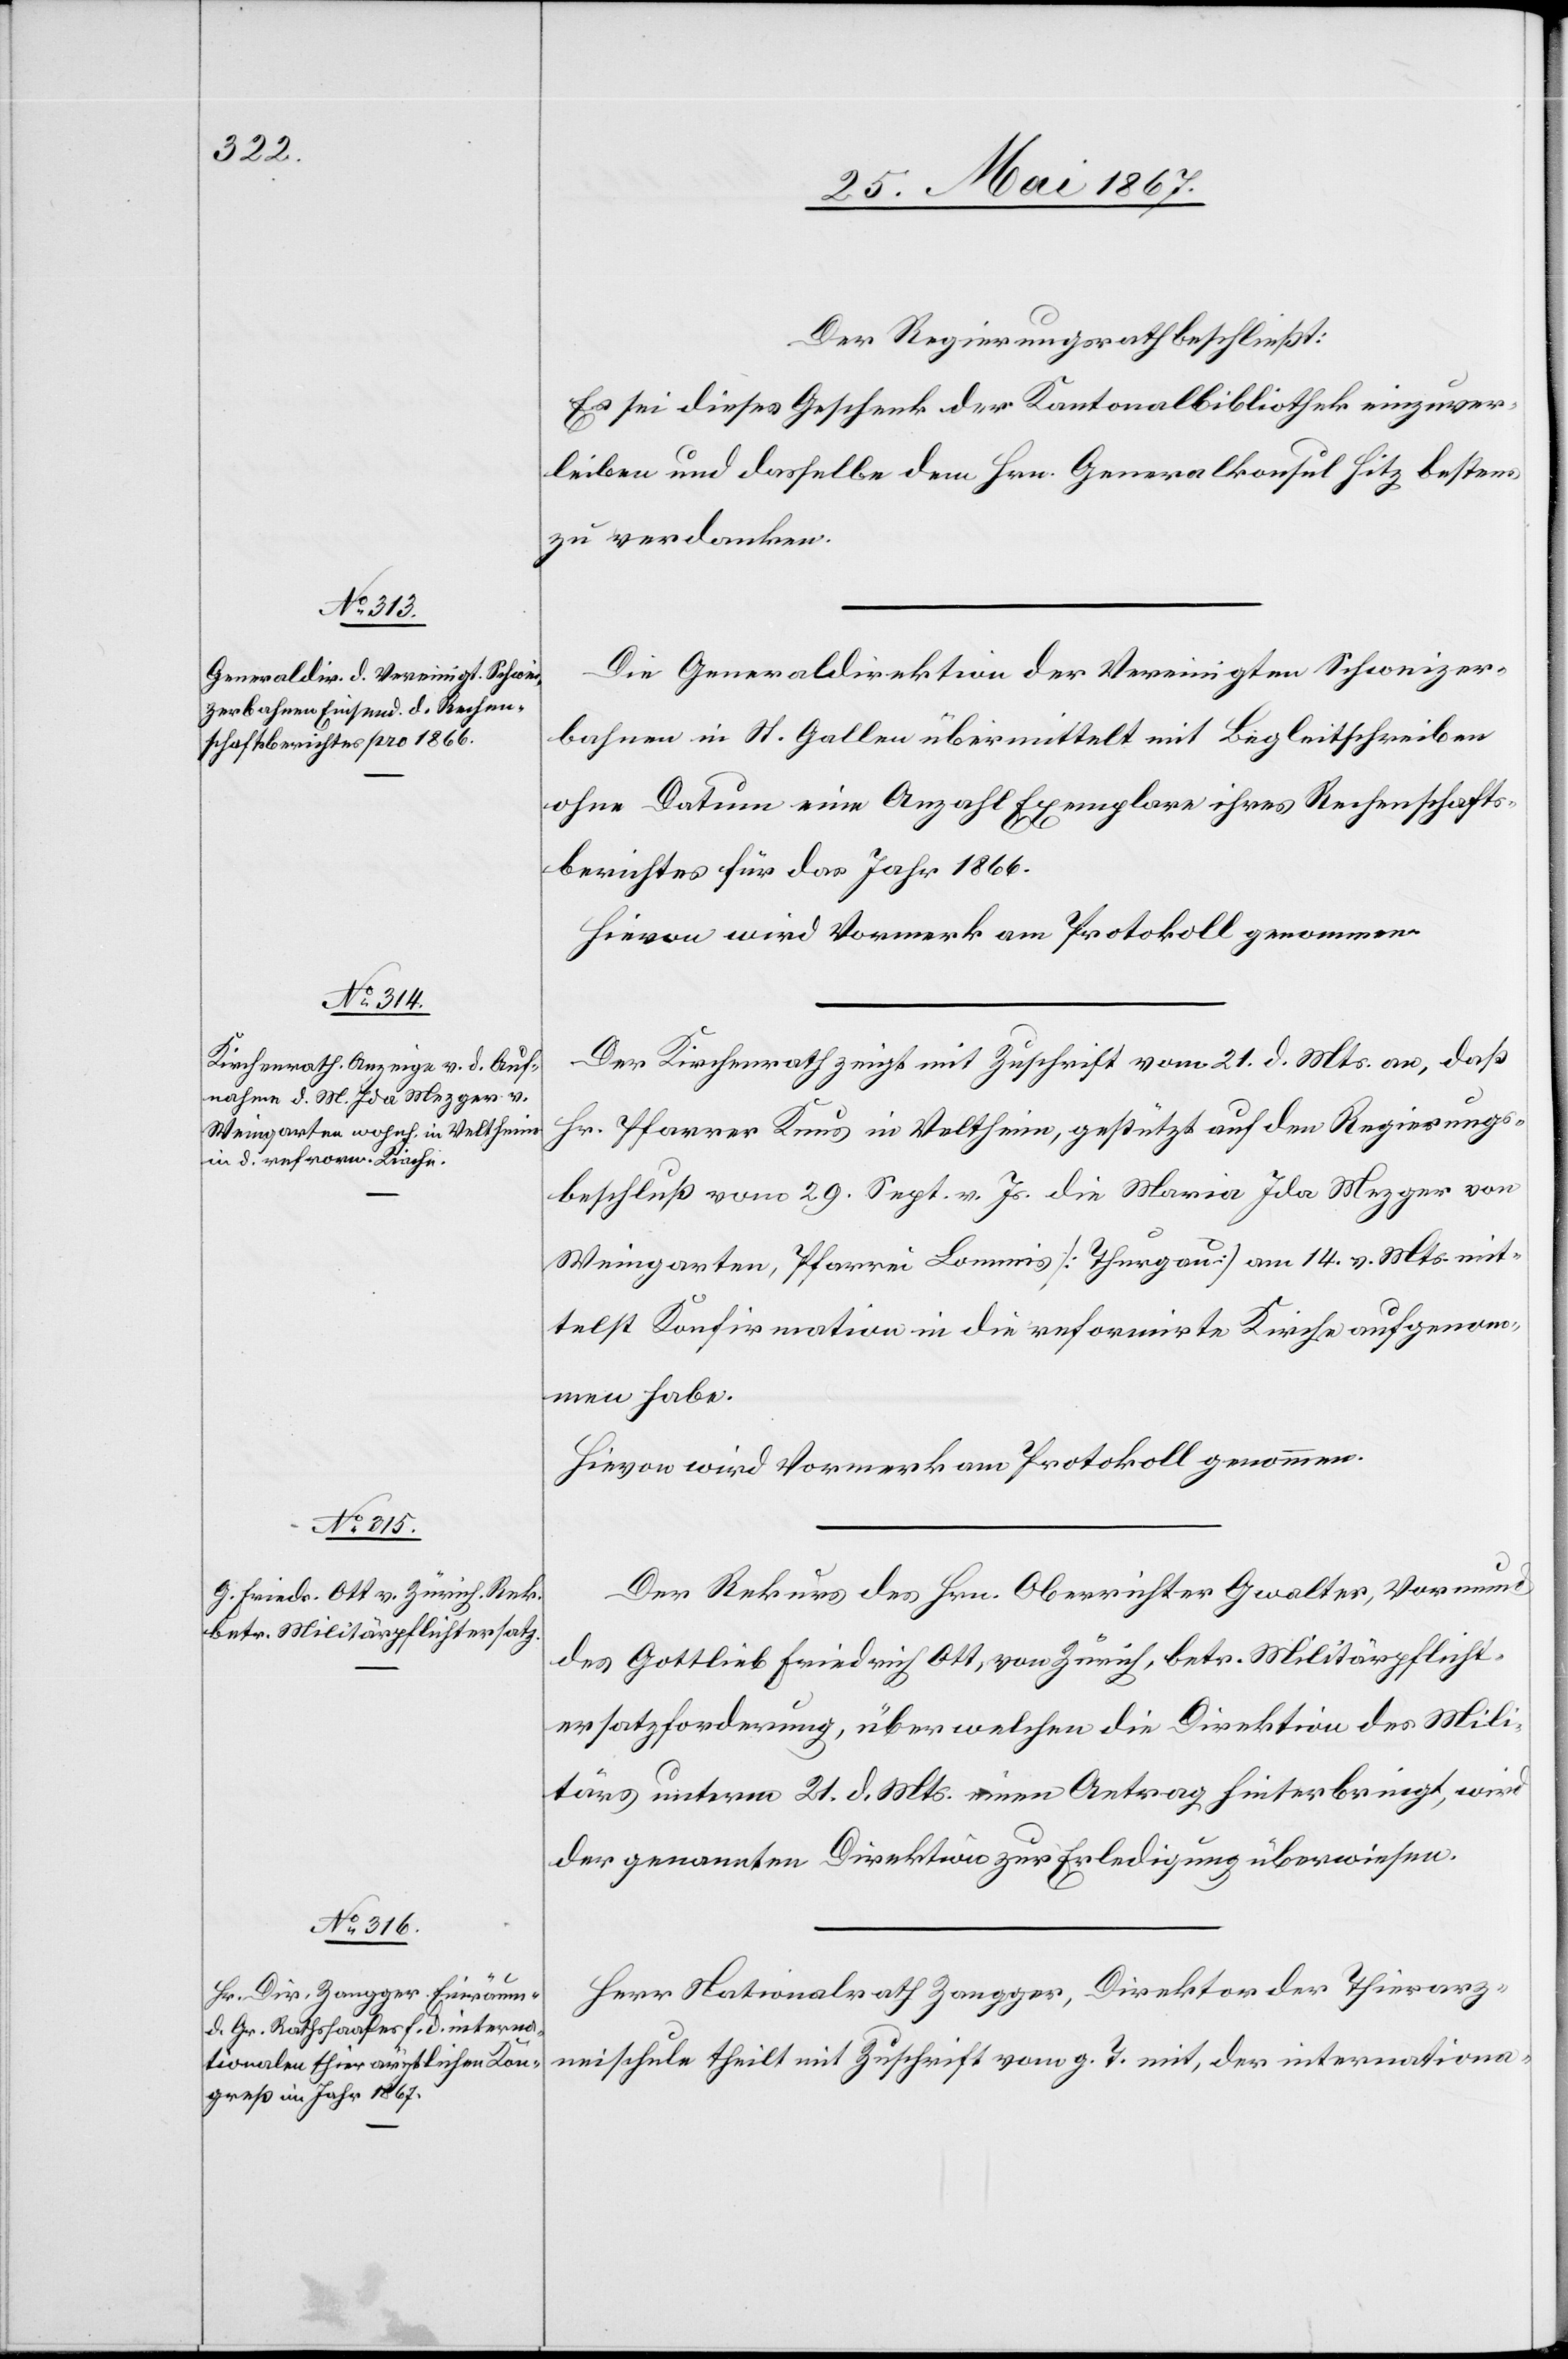
Der Regierungsrath beschließt:
Es sei dieses Gesuch der Kantonalbibliothek einzuver¬
leiben und dasselbe dem Hrn. Generalkonsul Hitz bestens
zu verdanken.
Die Generaldirektion der Vereinigten Schweizer¬
bahnen in St. Gallen übermittelt mit Begleitschreiben
ohne Datum eine Anzahl Exemplare ihres Rechenschafts¬
berichtes für das Jahr 1866.
Hievon wird Vormerk am Protokoll genommen.
Der Kirchenrath zeigt mit Zuschrift vom 21. d. Mts. an, daß
Hr. Pfarrer Knus in Veltheim gestützt auf den Regierungs¬
beschluß vom 29. Sept. v. Js. die Maria Ida Mezger von
Weingarten, Pfarrei Lommis [Thurgau] am 14. v. Mts. mit¬
telst Konfirmation in die reformierte Kirche aufgenom¬
men habe.
Hievon wird Vormerk am Protokoll genommen.
Der Rekurs des Hrn. Oberrichter Gwalter, Vormund
des Gottlieb Friedrich Ott, von Zürich, betr. Militärpflicht¬
ersatzforderung, über welchen die Direktion des Mili¬
tärs unterm 21. d. Mts. einen Antrag hinterbringt, wird
der genannten Direktion zur Erledigung überwiesen.
Herr Nationalrath Zangger, Direktor der Thierarz¬
neischule, theilt mit Zuschrift vom g. T. mit, der internationa-